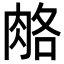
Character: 𦛃